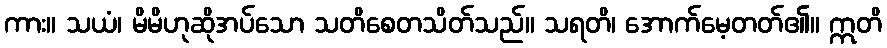
ကား။ သယံ၊ မိမိဟုဆိုအပ်သော သတိစေတသိတ်သည်။ သရတိ၊ အောက်မေ့တတ်၏။ ဣတိ